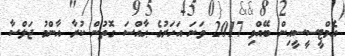
އެމްޓީސީސީއިން ބޭއްވި 2017 ވަނަ އަހަރުގެ ޙާއްސަ ގޮތުން ކުރާ އާންމު ޖަލްސާ